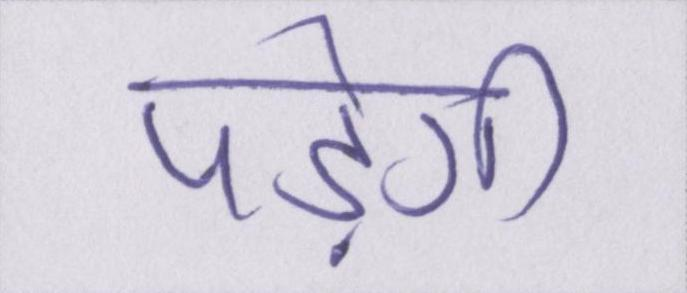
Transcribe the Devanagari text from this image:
पड़ेगी